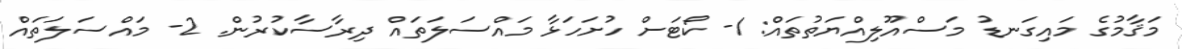
މަޤާމުގެ މައިގަނޑު މަސްއޫލިއްޔަތުތައް: 1- ކޯޓަށް ހުށަހަޅާ މައްސަލަތައް ދިރާސާކުރުން. 2- މައްސަލަތައް